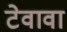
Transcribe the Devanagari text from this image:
टेवावा